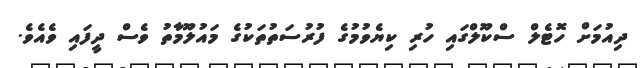
ދިއުމަށް ހޮޓެލް ސްކޫލްގައި ހުރި ކިޔެވުމުގެ ފުރުސަތުތަކުގެ މައުލޫމާތު ވެސް ދީފައި ވެއެވެ.